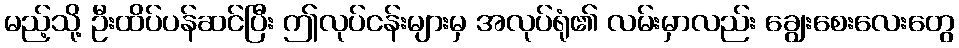
မည့်သို့ ဦးထိပ်ပန်ဆင်ပြီး ဤလုပ်ငန်းများမှ အလုပ်ရုံ၏ လမ်းမှာလည်း ချွေးစေးလေးတွေ